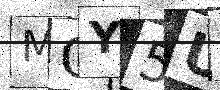
Text: MOY5U7